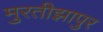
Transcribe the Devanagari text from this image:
मुरतीझापुर